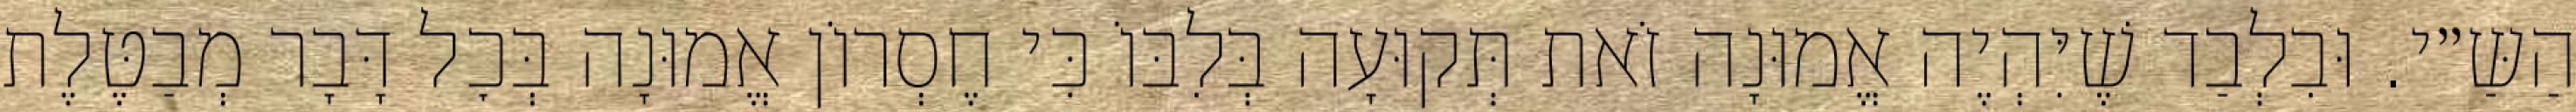
הַשַּ״י. וּבִלְבַד שֶׁיִּהְיֶה אֱמוּנָה זֹאת תְּקוּעָה בְּלִבּוֹ כִּי חֶסְרוֹן אֱמוּנָה בְּכׇל דָּבָר מְבַטֶּלֶת